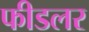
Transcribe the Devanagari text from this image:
फीडलर